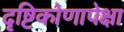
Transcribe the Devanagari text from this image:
दृष्टिकोणापेक्षा